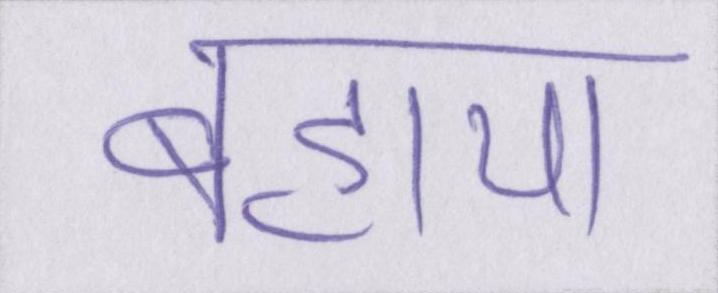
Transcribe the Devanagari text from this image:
बहाया